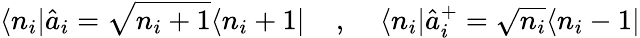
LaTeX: \langle n_{i}|\hat{a}_{i}=\sqrt{n_{i}+1}\langle n_{i}+1|\; \; \; \; ,\; \; \; \; \langle n_{i}|\hat{a}_{i}^{+}=\sqrt{n_{i}}\langle n_{i}-1|